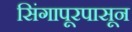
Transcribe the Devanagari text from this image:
सिंगापूरपासून